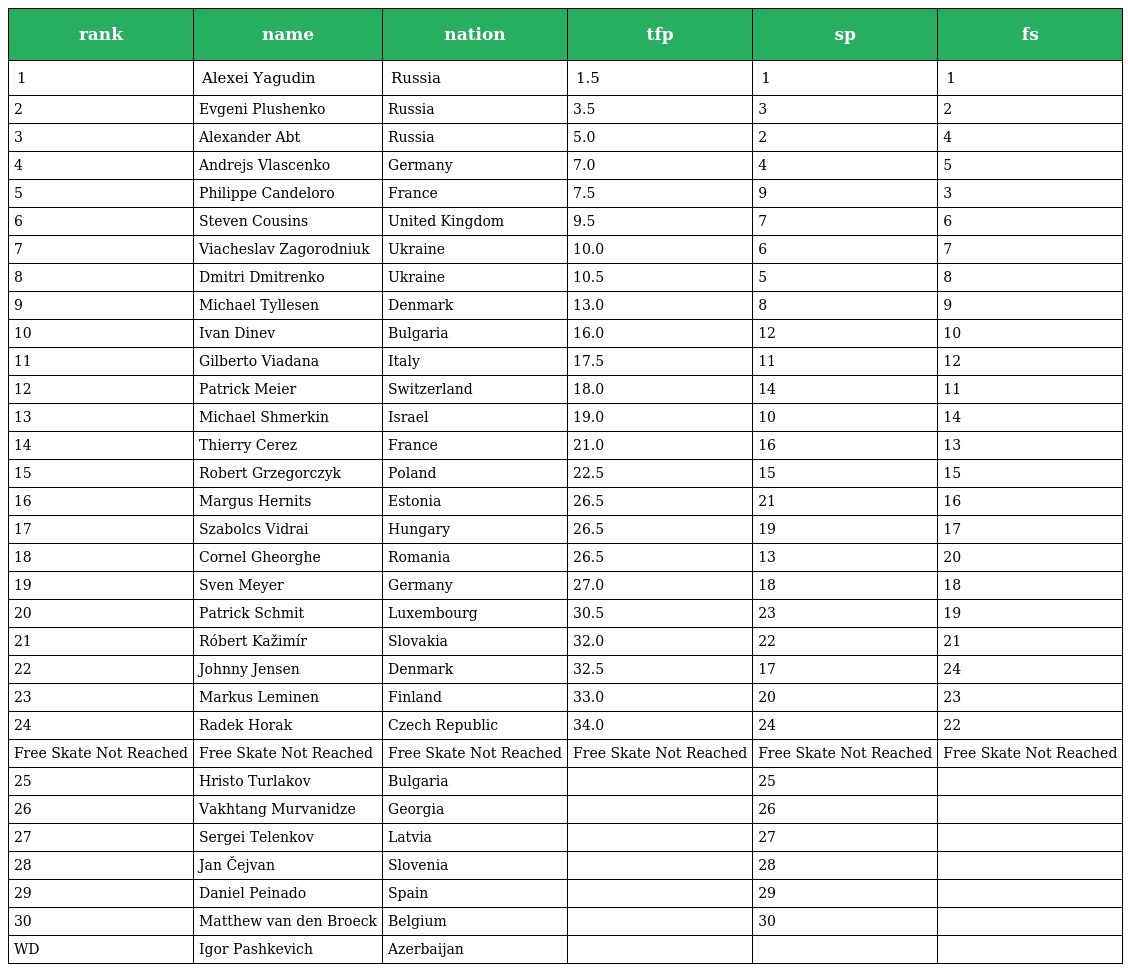
| rank | name | nation | tfp | sp | fs |
 | --- | --- | --- | --- | --- | --- |
 | 1 | Alexei Yagudin | Russia | 1.5 | 1 | 1 |
 | 2 | Evgeni Plushenko | Russia | 3.5 | 3 | 2 |
 | 3 | Alexander Abt | Russia | 5.0 | 2 | 4 |
 | 4 | Andrejs Vlascenko | Germany | 7.0 | 4 | 5 |
 | 5 | Philippe Candeloro | France | 7.5 | 9 | 3 |
 | 6 | Steven Cousins | United Kingdom | 9.5 | 7 | 6 |
 | 7 | Viacheslav Zagorodniuk | Ukraine | 10.0 | 6 | 7 |
 | 8 | Dmitri Dmitrenko | Ukraine | 10.5 | 5 | 8 |
 | 9 | Michael Tyllesen | Denmark | 13.0 | 8 | 9 |
 | 10 | Ivan Dinev | Bulgaria | 16.0 | 12 | 10 |
 | 11 | Gilberto Viadana | Italy | 17.5 | 11 | 12 |
 | 12 | Patrick Meier | Switzerland | 18.0 | 14 | 11 |
 | 13 | Michael Shmerkin | Israel | 19.0 | 10 | 14 |
 | 14 | Thierry Cerez | France | 21.0 | 16 | 13 |
 | 15 | Robert Grzegorczyk | Poland | 22.5 | 15 | 15 |
 | 16 | Margus Hernits | Estonia | 26.5 | 21 | 16 |
 | 17 | Szabolcs Vidrai | Hungary | 26.5 | 19 | 17 |
 | 18 | Cornel Gheorghe | Romania | 26.5 | 13 | 20 |
 | 19 | Sven Meyer | Germany | 27.0 | 18 | 18 |
 | 20 | Patrick Schmit | Luxembourg | 30.5 | 23 | 19 |
 | 21 | Róbert Kažimír | Slovakia | 32.0 | 22 | 21 |
 | 22 | Johnny Jensen | Denmark | 32.5 | 17 | 24 |
 | 23 | Markus Leminen | Finland | 33.0 | 20 | 23 |
 | 24 | Radek Horak | Czech Republic | 34.0 | 24 | 22 |
 | Free Skate Not Reached | Free Skate Not Reached | Free Skate Not Reached | Free Skate Not Reached | Free Skate Not Reached | Free Skate Not Reached |
 | 25 | Hristo Turlakov | Bulgaria |  | 25 |  |
 | 26 | Vakhtang Murvanidze | Georgia |  | 26 |  |
 | 27 | Sergei Telenkov | Latvia |  | 27 |  |
 | 28 | Jan Čejvan | Slovenia |  | 28 |  |
 | 29 | Daniel Peinado | Spain |  | 29 |  |
 | 30 | Matthew van den Broeck | Belgium |  | 30 |  |
 | WD | Igor Pashkevich | Azerbaijan |  |  |  |